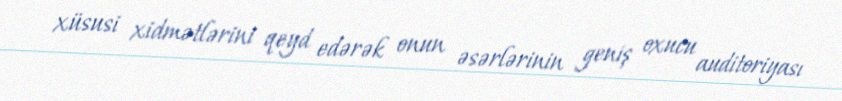
xüsusi xidmətlərini qeyd edərək onun əsərlərinin geniş oxucu auditoriyası